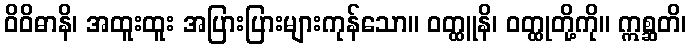
ဝိဝိဓာနိ၊ အထူးထူး အပြားပြားများကုန်သော။ ဝတ္ထူနိ၊ ဝတ္ထုတို့ကို။ ဣစ္ဆတိ၊